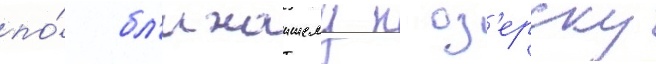
по́ бл'ижаишему к оз'ерску